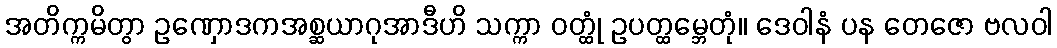
အတိက္ကမိတွာ ဥဏှောဒကအစ္ဆယာဂုအာဒီဟိ သက္ကာ ဝတ္ထုံ ဥပတ္ထမ္ဘေတုံ။ ဒေဝါနံ ပန တေဇော ဗလဝါ